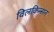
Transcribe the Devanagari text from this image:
विलकिन्सन